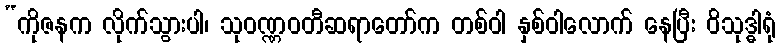
“ကိုဇနက လိုက်သွားပါ၊ သုဝဏ္ဏဝတီဆရာတော်က တစ်ဝါ နှစ်ဝါလောက် နေပြီး ဝိသုဒ္ဓါရုံ